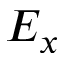
E _ { x }